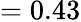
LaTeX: =0.43